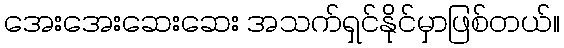
အေးအေးဆေးဆေး အသက်ရှင်နိုင်မှာဖြစ်တယ်။